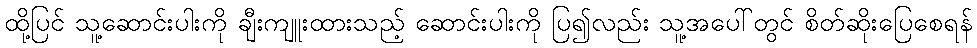
ထို့ပြင် သူ့ဆောင်းပါးကို ချီးကျူးထားသည့် ဆောင်းပါးကို ပြ၍လည်း သူ့အပေါ်တွင် စိတ်ဆိုးပြေစေရန်